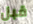
قبل